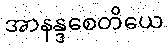
အာနန္ဒစေတိယေ